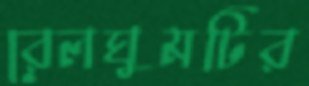
রেলঘুমটির